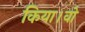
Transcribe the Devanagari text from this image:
किया।वो